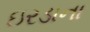
ઇરડાના